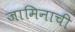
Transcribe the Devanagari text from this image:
जामिनाची